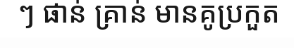
ៗ ផាន់ គ្រាន់ មានគូប្រកួត